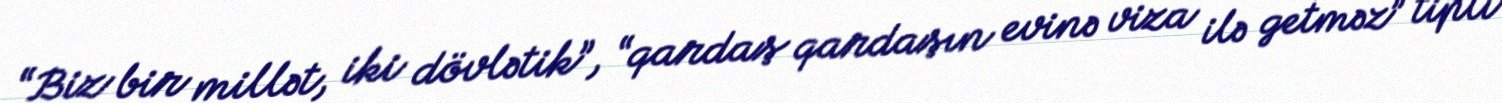
“Biz bir millət, iki dövlətik”, “qardaş qardaşın evinə viza ilə getməz” tipli